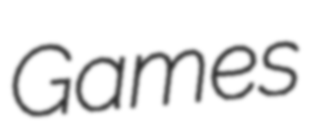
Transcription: Games